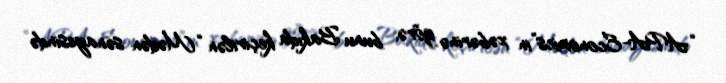
“APA-Economics”in xəbərinə görə, bunu Bakıda keçirilən “Mədən sənayesində